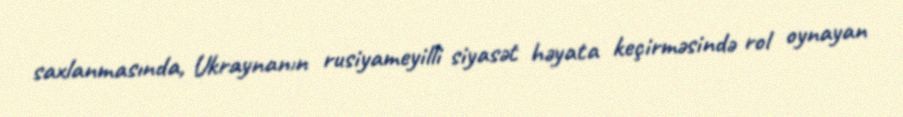
saxlanmasında, Ukraynanın rusiyameyilli siyasət həyata keçirməsində rol oynayan